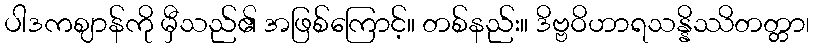
ပါဒကဈာန်ကို မှီသည်၏ အဖြစ်ကြောင့်။ တစ်နည်း။ ဒိဗ္ဗဝိဟာရသန္နိဿိတတ္တာ၊